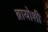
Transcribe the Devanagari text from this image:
ब्रायोशी